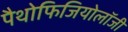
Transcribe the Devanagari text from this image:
पैथोफिजियोलॉजी